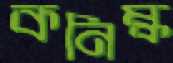
কনিষ্ক